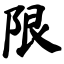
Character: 限